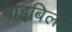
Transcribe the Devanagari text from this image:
बाइबिली